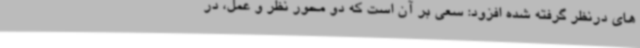
های درنظر گرفته شده افزود: سعی بر آن است که دو محور نظر و عمل، در